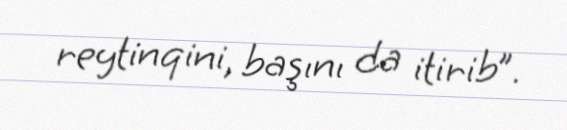
reytinqini, başını da itirib”.